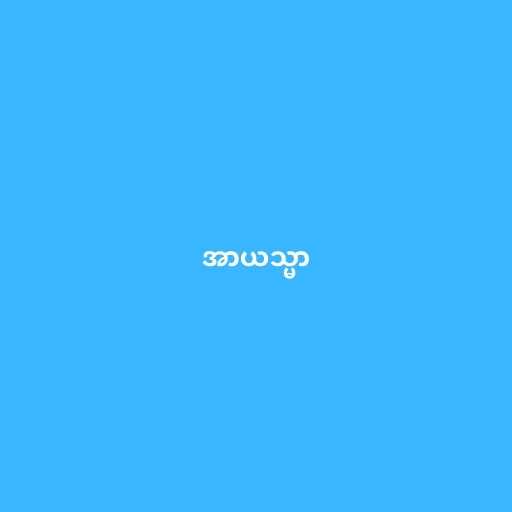
အာယသ္မာ